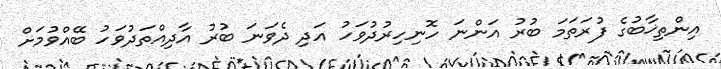
އިންތިޚާބުގެ ފުރަތަމަ ބުރު އަންނަ ހޮނިހިރުދުވަހު އަދި ދެވަނަ ބުރު އާދިއްތަދުވަހު ބޭއްވުމަށް